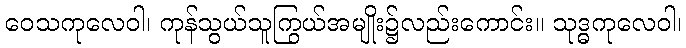
ဝေသကုလေဝါ၊ ကုန်သွယ်သူကြွယ်အမျိုး၌လည်းကောင်း။ သုဒ္ဓကုလေဝါ၊